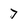
Character: 7